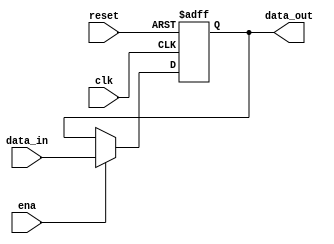
`timescale 1ns / 1ps

module hiloreg(
   input clk,
   input reset,
   input ena,
   input  [31:0]data_in,
   output [31:0]data_out
        );
   reg [31:0]data;       
   always @(negedge clk or posedge reset)
       if(reset)
         data <= 32'h00400000;
       else if(ena)
         data <= data_in;
       else;
   assign data_out=data;
endmodule